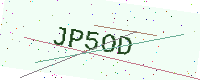
Text: JP5OD